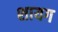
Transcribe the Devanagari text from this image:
शायग